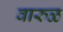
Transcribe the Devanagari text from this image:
वारुळ